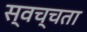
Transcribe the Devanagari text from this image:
स्वच्चता